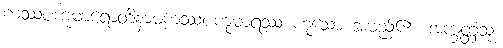
ကဿပကုမာရောတိနာမကဿပကုမာရဿ ဟူသော အမည်၏။ အက္ခတ္တံသု၊